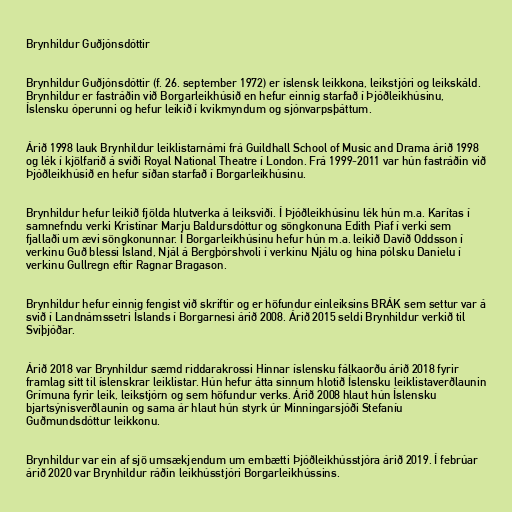
Brynhildur Guðjónsdóttir

Brynhildur Guðjónsdóttir (f. 26. september 1972) er íslensk leikkona, leikstjóri og leikskáld.
Brynhildur er fastráðin við Borgarleikhúsið en hefur einnig starfað í Þjóðleikhúsinu,
Íslensku óperunni og hefur leikið í kvikmyndum og sjónvarpsþáttum.

Árið 1998 lauk Brynhildur leiklistarnámi frá Guildhall School of Music and Drama árið 1998
og lék í kjölfarið á sviði Royal National Theatre í London. Frá 1999-2011 var hún fastráðin við
Þjóðleikhúsið en hefur síðan starfað í Borgarleikhúsinu.

Brynhildur hefur leikið fjölda hlutverka á leiksviði. Í Þjóðleikhúsinu lék hún m.a. Karítas í
samnefndu verki Kristínar Marju Baldursdóttur og söngkonuna Edith Piaf í verki sem
fjallaði um ævi söngkonunnar. Í Borgarleikhúsinu hefur hún m.a. leikið Davíð Oddsson í
verkinu Guð blessi Ísland, Njál á Bergþórshvoli í verkinu Njálu og hina pólsku Danielu í
verkinu Gullregn eftir Ragnar Bragason.

Brynhildur hefur einnig fengist við skriftir og er höfundur einleiksins BRÁK sem settur var á
svið í Landnámssetri Íslands í Borgarnesi árið 2008. Árið 2015 seldi Brynhildur verkið til
Svíþjóðar.

Árið 2018 var Brynhildur sæmd riddarakrossi Hinnar íslensku fálkaorðu árið 2018 fyrir
framlag sitt til íslenskrar leiklistar. Hún hefur átta sinnum hlotið Íslensku leiklistaverðlaunin
Grímuna fyrir leik, leikstjórn og sem höfundur verks. Árið 2008 hlaut hún Íslensku
bjartsýnisverðlaunin og sama ár hlaut hún styrk úr Minningarsjóði Stefaníu
Guðmundsdóttur leikkonu.

Brynhildur var ein af sjö umsækjendum um embætti Þjóðleikhússtjóra árið 2019. Í febrúar
árið 2020 var Brynhildur ráðin leikhússtjóri Borgarleikhússins.